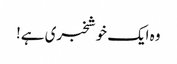
وہ ایک خوشخبری ہے!